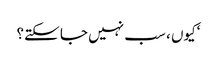
‘کیوں ، سب نہیں جا سکتے؟